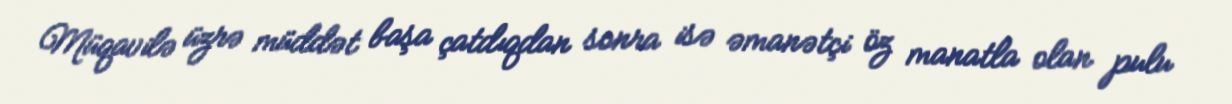
Müqavilə üzrə müddət başa çatdıqdan sonra isə əmanətçi öz manatla olan pulu